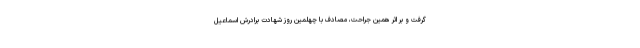
گرفت و بر اثر همین جراحت، مصادف با چهلمین روز شهادت برادرش اسماعیل